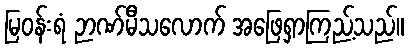
မြဝန်းရံ ဉာဏ်မီသလောက် အဖြေရှာကြည့်သည်။